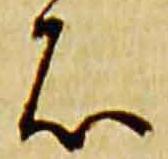
石